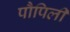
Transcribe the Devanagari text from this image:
पौपिली